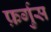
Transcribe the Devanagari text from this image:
फ़र्गुस